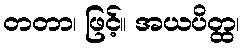
တတာ၊ ဖြင့်။ အယပိတ္ထ၊